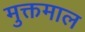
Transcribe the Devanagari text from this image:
मुक्तमाल